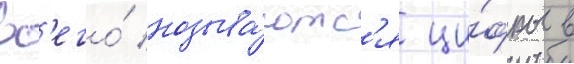
вс'его́ называ́ютс'я ци́фры в